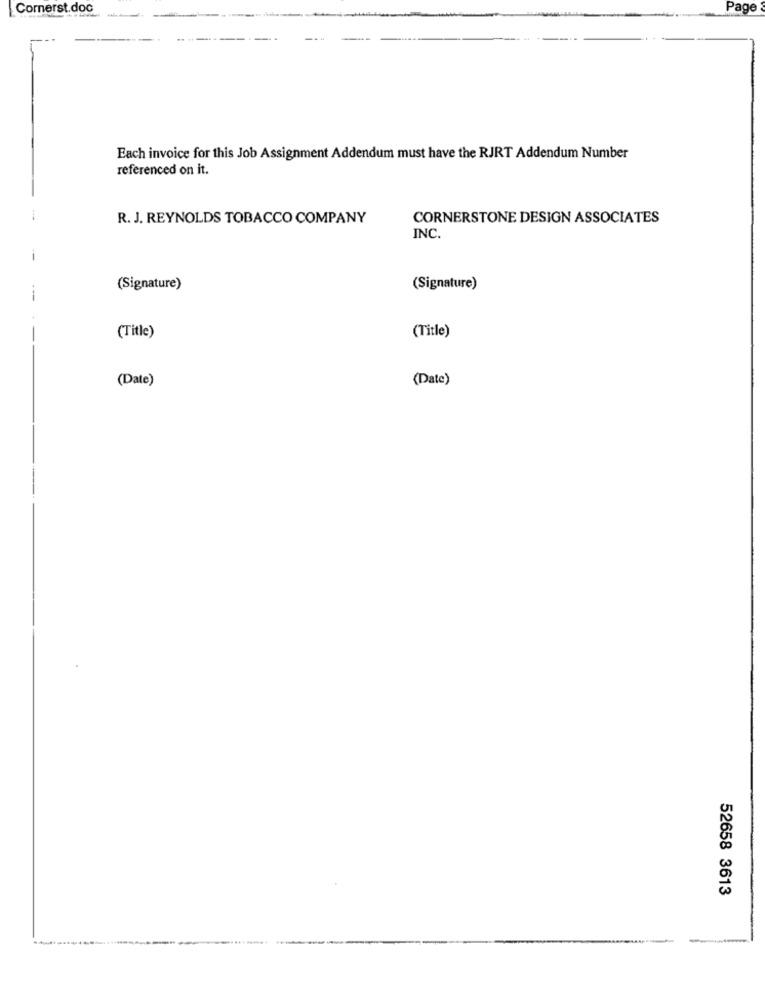
Cornerst.doc
Page
Each invoice for this Job Assignment Addendum must have the RJRT Addendum Number
referenced on it.
R. J. REYNOLDS TOBACCO COMPANY
CORNERSTONE DESIGN ASSOCIATES
INC.
(Signature)
(Signature)
--
(Title)
(Title)
(Date)
(Date)
52658 3613